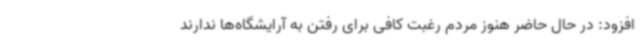
افزود: در حال حاضر هنوز مردم رغبت کافی برای رفتن به آرایشگاه‌ها ندارند